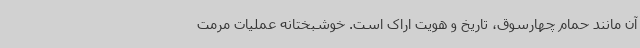
آن مانند حمام چهارسوق، تاریخ و هویت اراک است. خوشبختانه عملیات مرمت